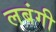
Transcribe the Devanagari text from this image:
लबंगी